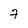
Character: 7